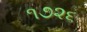
૧૭૨૬